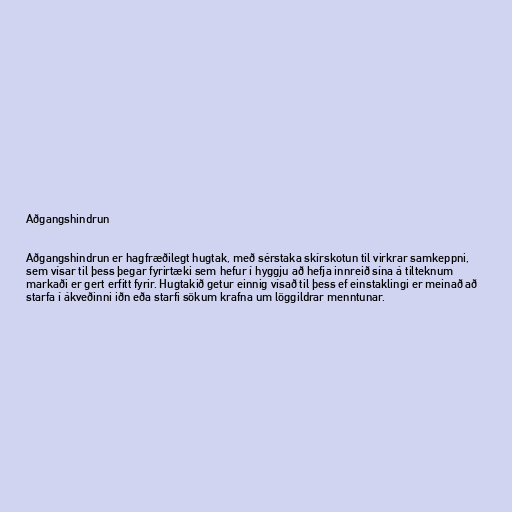
Aðgangshindrun

Aðgangshindrun er hagfræðilegt hugtak, með sérstaka skírskotun til virkrar samkeppni,
sem vísar til þess þegar fyrirtæki sem hefur í hyggju að hefja innreið sína á tilteknum
markaði er gert erfitt fyrir. Hugtakið getur einnig vísað til þess ef einstaklingi er meinað að
starfa í ákveðinni iðn eða starfi sökum krafna um löggildrar menntunar.